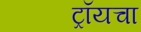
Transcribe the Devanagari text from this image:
ट्रॉयचा